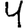
Digit: 4